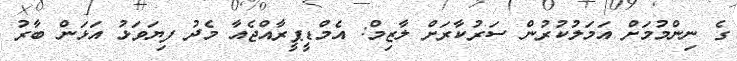
ގެ ނިންމުމަށް އަމަލުކުރުން ސަރުކާރަށް ލާޒިމް: އެމްޑީޕީރާއްޖެއާ މެދު ފިޔަވަޅު އަޅަން ބާރު